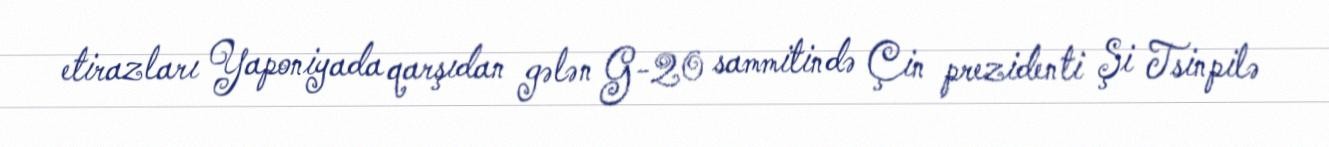
etirazları Yaponiyada qarşıdan gələn G-20 sammitində Çin prezidenti Şi Tsinpilə